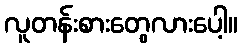
လူတန်းစားတွေလားပေါ့။